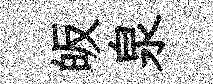
皈泉